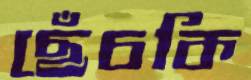
ছেঁচকি